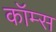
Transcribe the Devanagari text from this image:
कॉम्स